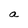
Character: a